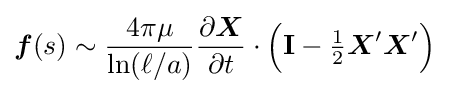
{\boldsymbol {f}}(s)\sim {\frac {4\pi \mu }{\ln(\ell /a)}}{\frac {\partial {\boldsymbol {X}}}{\partial t}}\cdot {\Bigl (}\mathbf {I} -\textstyle {\frac {1}{2}}{\boldsymbol {X}}'{\boldsymbol {X}}'{\Bigr )}